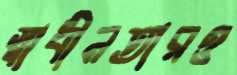
স্বাধীনতারও